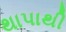
થાપાથી